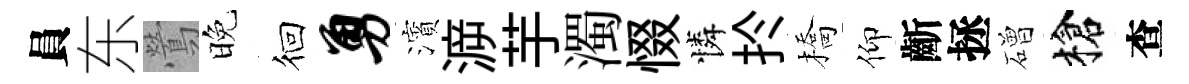
員东鶯晚徊勇濱㴑芋濁惙憐扵橋仰齗拯磳槍查